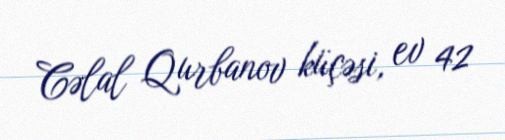
Cəlal Qurbanov küçəsi, ev 42